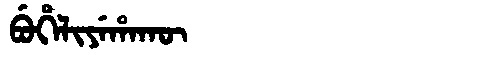
Manchu: ᠪᡠᡥᡝᠯᡳᠶᡝᡥᠠᡴᡡ
Romanization: BUHELIYEHAKŪ